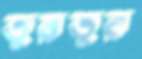
তুরতুর